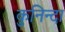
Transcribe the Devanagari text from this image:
कुनिन्दा